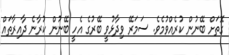
ގޮތަށް ބޭނުން ކުރެއްވުމެވެ. ސަމަރޭ ވިދާޅުވީ ބޭރުގެ އެހީ ބޭނުން ކުރާނެ ދާއިރާތައް